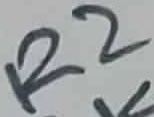
Text: R2